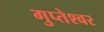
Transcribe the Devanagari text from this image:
गुप्तेश्‍वर